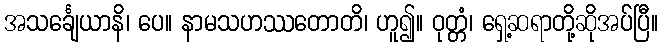
အသင်္ချေယာနိ၊ ပေ။ နာမသဟဿတောတိ၊ ဟူ၍။ ဝုတ္တံ၊ ရှေ့ဆရာတို့ဆိုအပ်ပြီ။